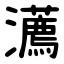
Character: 瀳